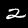
Label: 2